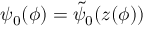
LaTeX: \psi _ { 0 } ( \phi ) = \tilde { \psi } _ { 0 } ( z ( \phi ) )